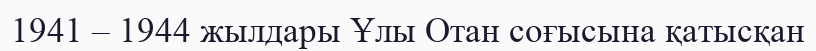
1941 – 1944 жылдары Ұлы Отан соғысына қатысқан